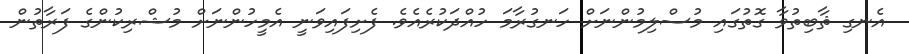
އެނގި ޘާބިތުވާ ގޮތުގައި މުސްލިމުންނަށް ހަނގުރާމަ ހުއްދަކުރެއެެވެ. ފެށިފައިވަނީ އެމީހުންނަށް މުޝްރިކުންގެ ފަރާތުން